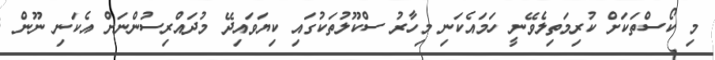
މި ކޯސްތަކަށް ކުރިމަތިލެވޭނީ ހަމައެކަނި މިހާރު ސްކޫލުތަކުގައި ކިޔަވައިދޭ މުދައްރިސުންނަށް އެކަނި ނޫން